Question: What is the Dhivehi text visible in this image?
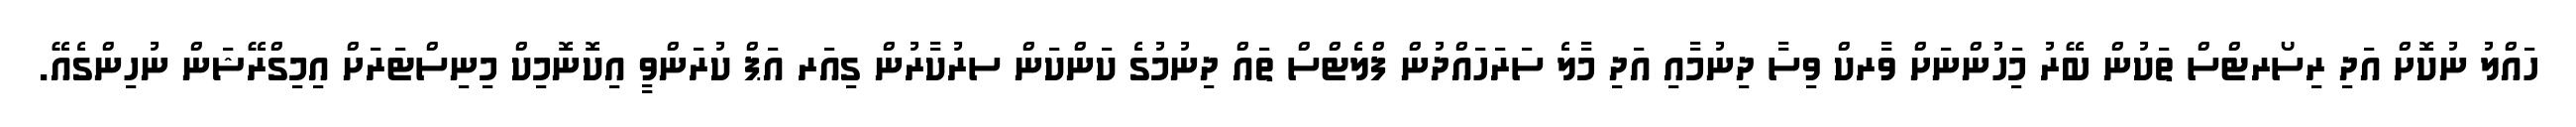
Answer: ހައްލު ނުކޮށް އަދި ރިސޯރޓްސް ތަކުން ބޭރު މަިހުންނަށް ވާރކް ވިސާ ދިނުމާއި އަދި މާލެ ސަރަހައްދުން ފްލެޓްސް ތައް ދިނުމުގެ ކަންކަން ސރުކާރުން ގިއަރ އަޕް ކުރަންވީ އިކޮނޮމިކް މިނިސްޓަރަށް އިމިގްރޭޝަން ނުހިންގެއޭ.